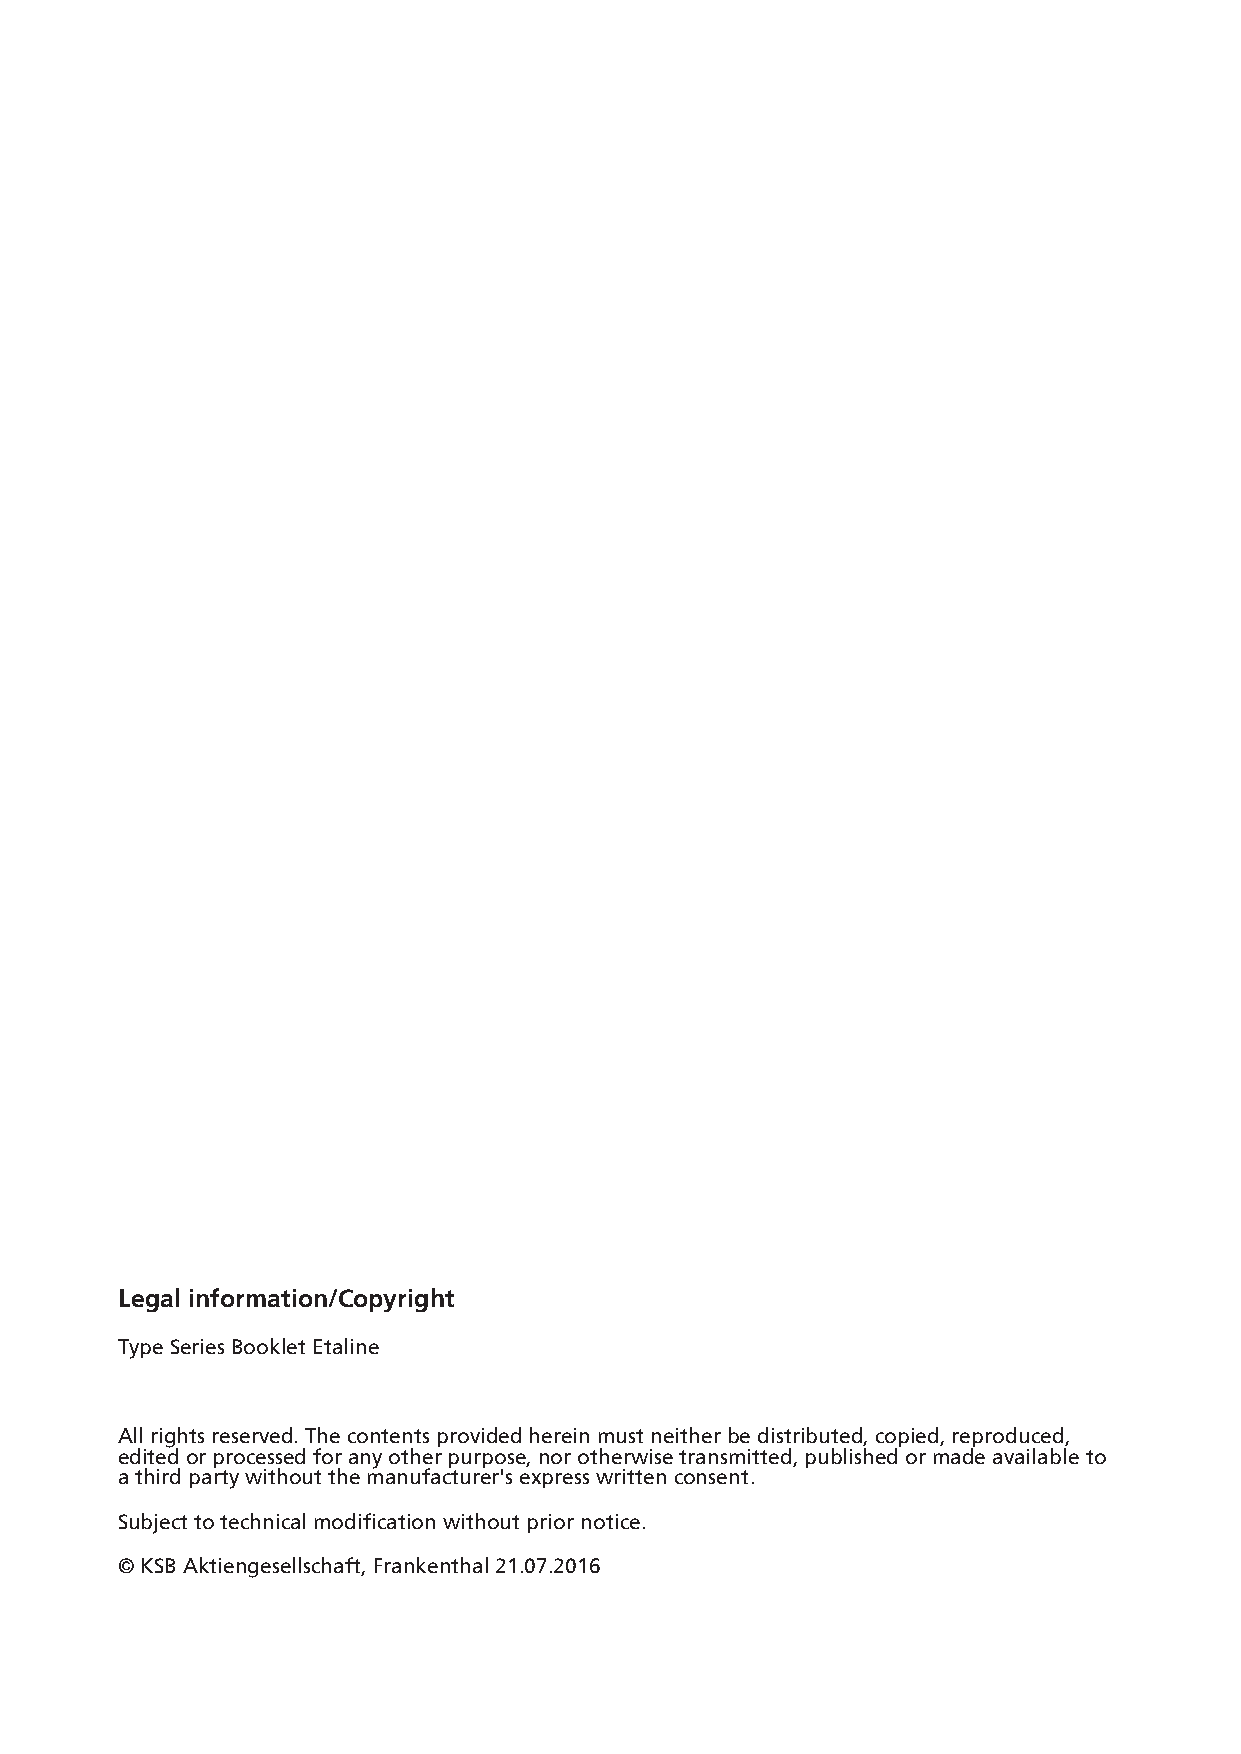
Legal information/Copyright
 Type Series Booklet Etaline
 All rights reserved. The contents provided herein must neither be distributed, copied, reproduced,
 edited or processed for any other purpose, nor otherwise transmitted, published or made available to
 a third party without the manufacturer's express written consent.
 Subject to technical modification without prior notice.
 © KSB Aktiengesellschaft, Frankenthal 21.07.2016